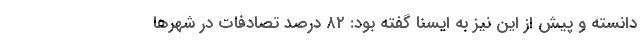
دانسته و پیش از این نیز به ایسنا گفته بود: ۸۲ درصد تصادفات در شهرها